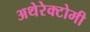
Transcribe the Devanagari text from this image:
अथेरेक्टोमी